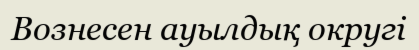
Вознесен ауылдық округі